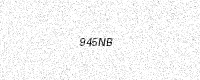
Text: 945NB